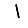
Digit: 1